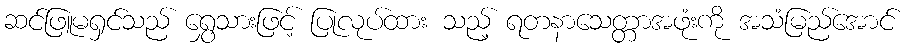
ဆင်ဖြူမရှင်သည် ရွှေသားဖြင့် ပြုလုပ်ထား သည့် ရတနာသေတ္တာအဖုံးကို အသံမြည်အောင်